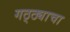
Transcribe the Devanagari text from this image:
गठ्ठ्याचा